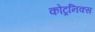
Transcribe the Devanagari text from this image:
कोट्रनिक्स